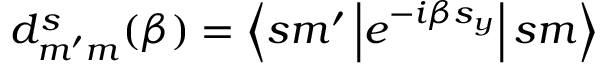
d _ { m ^ { \prime } m } ^ { s } ( \beta ) = \left\langle s m ^ { \prime } \left| e ^ { - i \beta s _ { y } } \right| s m \right\rangle